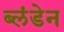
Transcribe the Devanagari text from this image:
ब्लंडेन